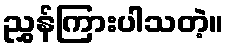
ညွှန်ကြားပါသတဲ့။